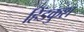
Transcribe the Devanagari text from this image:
हिंडकुश